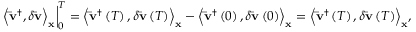
\left. { { { \left\langle { { { { \bf { \bar { v } } } } ^ { \dag } } , \delta { \bf { \bar { v } } } } \right\rangle } _ { \bf { x } } } } \right| _ { 0 } ^ { T } = { \left\langle { { { { \bf { \bar { v } } } } ^ { \dag } } \left( T \right) , \delta { \bf { \bar { v } } } \left( T \right) } \right\rangle _ { \bf { x } } } - { \left\langle { { { { \bf { \bar { v } } } } ^ { \dag } } \left( 0 \right) , \delta { \bf { \bar { v } } } \left( 0 \right) } \right\rangle _ { \bf { x } } } = { \left\langle { { { { \bf { \bar { v } } } } ^ { \dag } } \left( T \right) , \delta { \bf { \bar { v } } } \left( T \right) } \right\rangle _ { \bf { x } } } ,